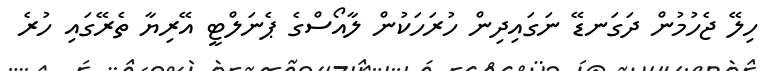
ހިލޭ ޖެހުމުން ދަގަނޑޭ ނަގައިދިން ހުރަހަކުން ލާއޯސްގެ ޕެނަލްޓީ އޭރިޔާ ތެރޭގައި ހުރެ